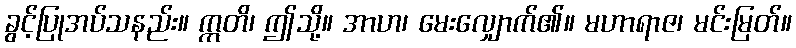
ခွင့်ပြုအပ်သနည်း။ ဣတိ၊ ဤသို့။ အာဟ၊ မေးလျှောက်၏။ မဟာရာဇ၊ မင်းမြတ်။